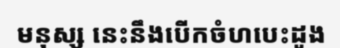
មនុស្ស នេះនឹងបើកចំហបេះដូង